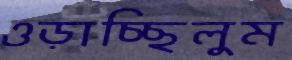
ওড়াচ্ছিলুম